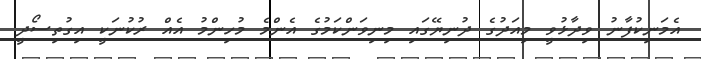
އެމަނިކުފާނު ވިދާޅުވީ މިއަދުގެ ދުނިޔޭގައި މިނިވަންކަމުގެ އެންމެ މުހިންމު އެއް ރުކުނަކީ އިގުތިސޯދީ